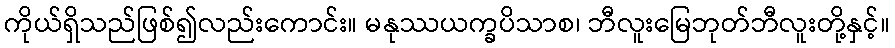
ကိုယ်ရှိသည်ဖြစ်၍လည်းကောင်း။ မနုဿယက္ခပိသာစ၊ ဘီလူးမြေဘုတ်ဘီလူးတို့နှင့်။